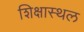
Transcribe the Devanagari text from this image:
शिक्षास्थल